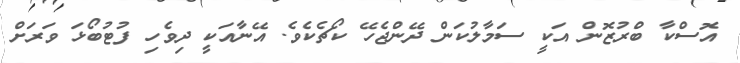
އޮސްކާ ބްރުޒޮން އަކީ ސަމާލުކަން ދޭންޖެހޭ ކޯޗެކެވެ. އޭނާއަކީ ދިވެހި ފުޓުބޯޅަ ވަރަށް